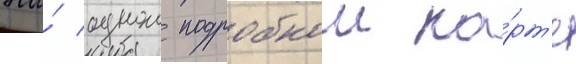
На́ однои подробнои ка́рт'е